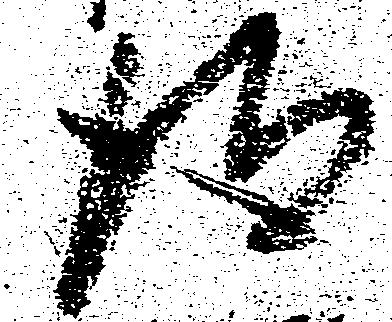
得